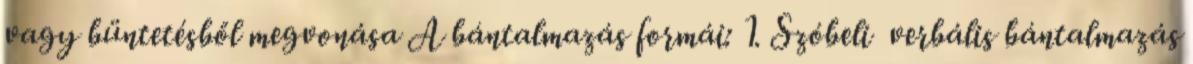
vagy büntetésből megvonása A bántalmazás formái: 1. Szóbeli verbális bántalmazás